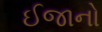
ઈજાનો